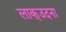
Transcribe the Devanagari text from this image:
लाक्उदना